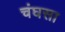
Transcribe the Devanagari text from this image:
चंघसा